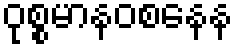
ဝုစ္စမာနဝစနေန